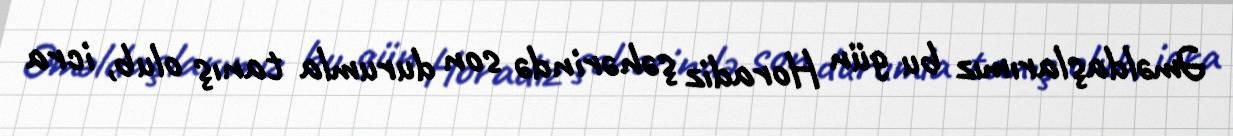
Əməldaşlarımız bu gün Horadiz şəhərində son durumla tanış olub, icra